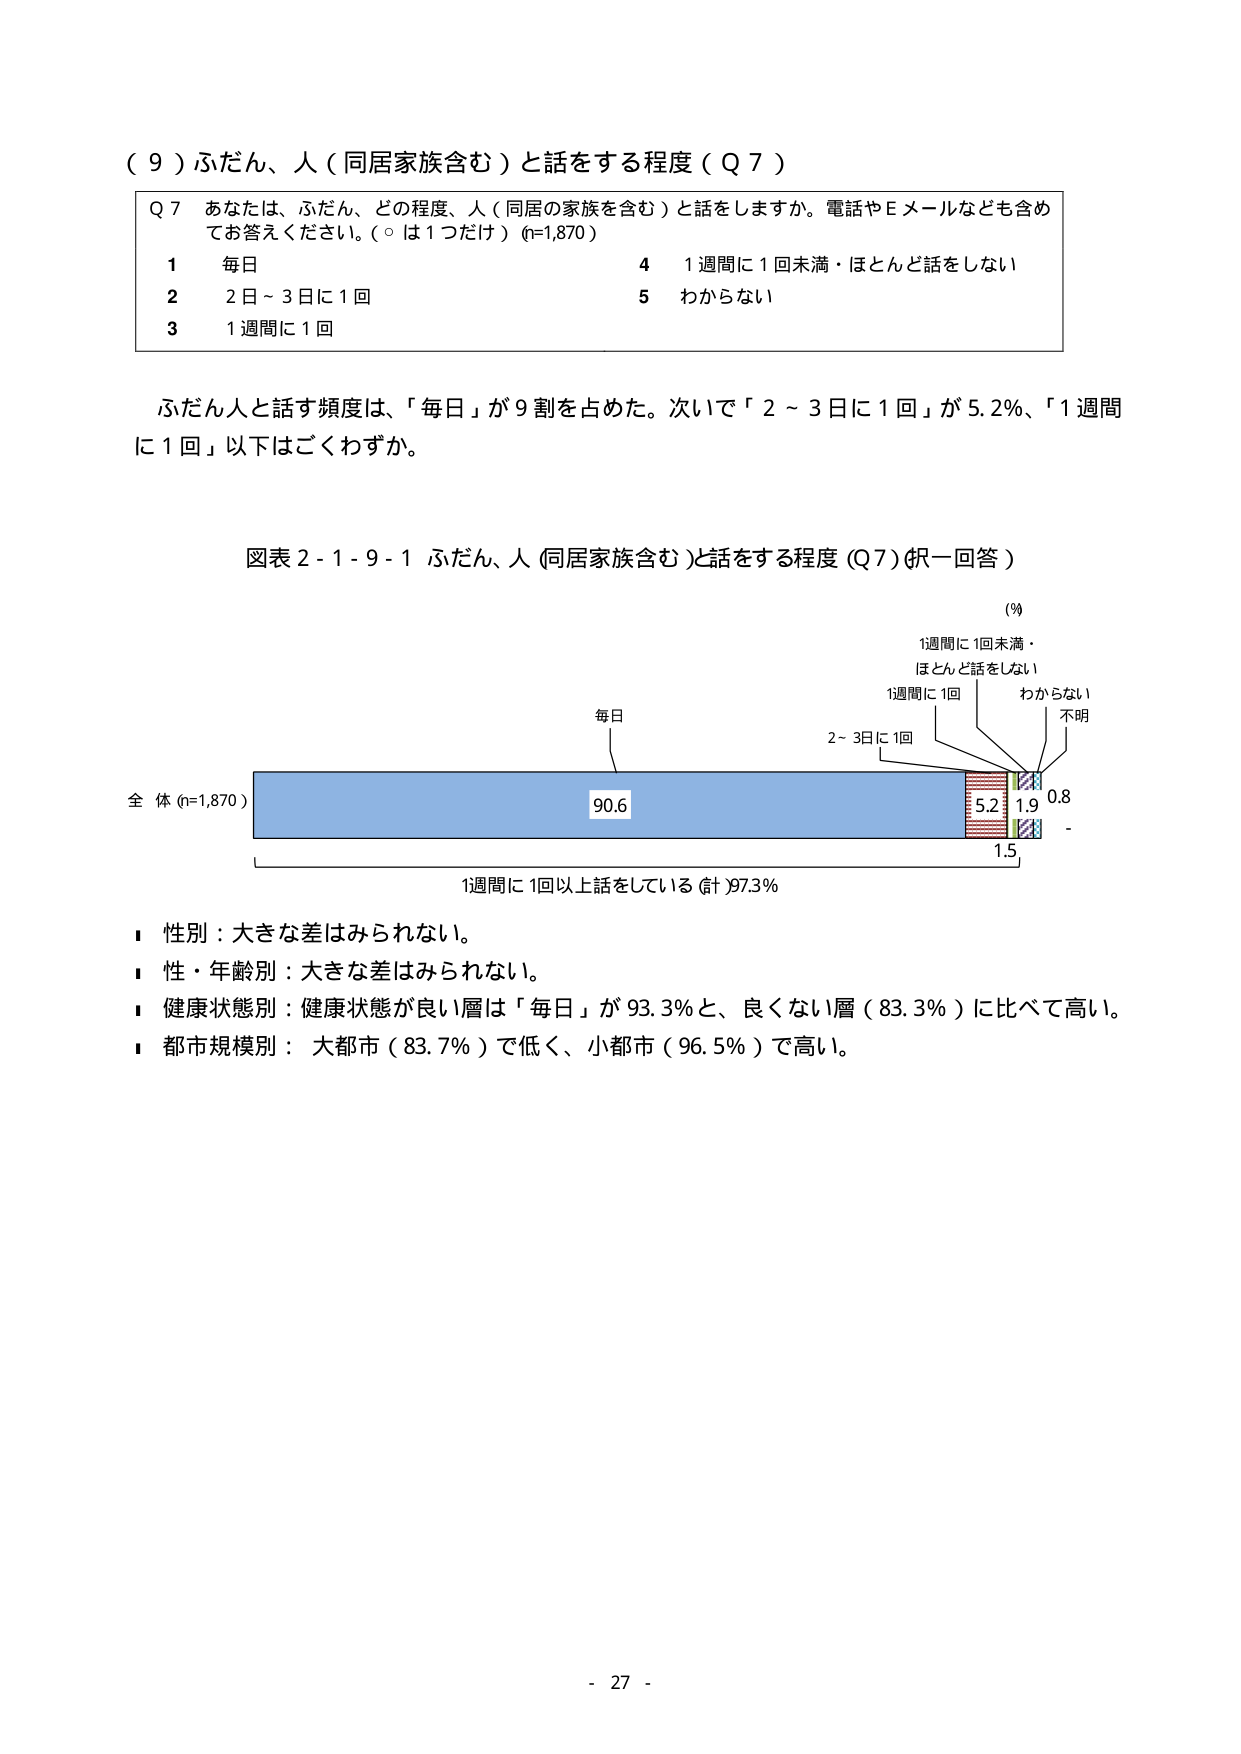
（９）ふだん、人（同居家族含む）と話をする程度（Ｑ７）

Ｑ７　あなたは、ふだん、どの程度、人（同居の家族を含む）と話をしますか。電話やＥメールなども含めてお答えください。（○は１つだけ）（n=1,870）

１　毎日　　　　　　　　　　　　　　　　　　４　１週間に１回未満・ほとんど話をしない
２　２日～３日に１回　　　　　　　　　　　　５　わからない
３　１週間に１回

ふだん人と話す頻度は、「毎日」が９割を占めた。次いで「２～３日に１回」が５.２％、「１週間に１回」以下はごくわずか。

図表２-１-９-１　ふだん、人（同居家族含む）と話をする程度（Ｑ７）（択一回答）

（％）
　　　　　　　　　　　　　　　　　　　　　　　　１週間に１回未満・
　　　　　　　　　　　　　　　　　　　　　　　　　ほとんど話をしない
　　　　　　　　　　　　　　　　　　　　　　　　１週間に１回　　　　わからない
　　　　　　　　　　　　　　　　　　　　　　　　　　　　　　　　　　　　不明
　　　　　　　　　　　　　　　　　　　　　　　　２～３日に１回

全 体（n=1,870）